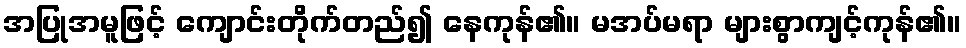
အပြုအမူဖြင့် ကျောင်းတိုက်တည်၍ နေကုန်၏။ မအပ်မရာ များစွာကျင့်ကုန်၏။